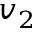
v _ { 2 }